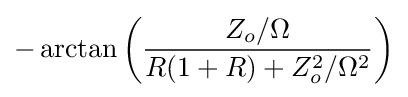
-\arctan {\left({\frac {Z_{o}/\Omega }{R(1+R)+Z_{o}^{2}/\Omega ^{2}}}\right)}